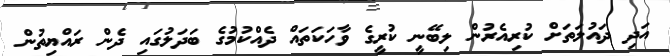
އަދި ދައުލަތަށް ކުރިއެރުން ލިބޭނީ ކުރީގެ ވާހަކަތައް ދެއްކުމުގެ ބަދަލުގައި ދެން ރައްޔިތުން